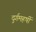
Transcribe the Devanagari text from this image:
दुर्गमहर्षी